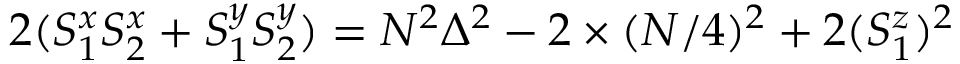
2 ( S _ { 1 } ^ { x } S _ { 2 } ^ { x } + S _ { 1 } ^ { y } S _ { 2 } ^ { y } ) = N ^ { 2 } \Delta ^ { 2 } - 2 \times ( N / 4 ) ^ { 2 } + 2 ( S _ { 1 } ^ { z } ) ^ { 2 }